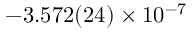
- 3 . 5 7 2 ( 2 4 ) \times 1 0 ^ { - 7 }